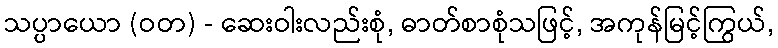
သပ္ပာယော (ဝတ) - ဆေးဝါးလည်းစုံ, ဓာတ်စာစုံသဖြင့်, အကုန်မြင့်ကြွယ်,